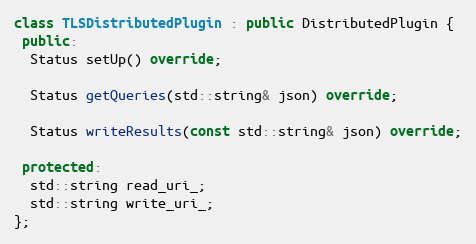
Language: C++
class TLSDistributedPlugin : public DistributedPlugin {
 public:
  Status setUp() override;

  Status getQueries(std::string& json) override;

  Status writeResults(const std::string& json) override;

 protected:
  std::string read_uri_;
  std::string write_uri_;
};